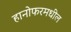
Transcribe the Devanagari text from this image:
हानोफरमधील